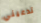
تدعيني